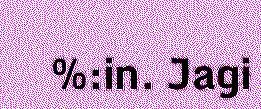
%:in. Jagi